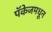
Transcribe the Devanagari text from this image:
पॅकेजमधून